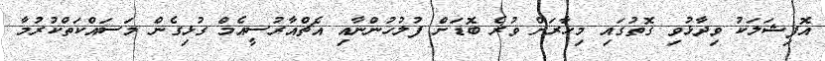
އޮފިޝަލަކު ވިދާޅުވި ގޮތުގައި މިހާރަށް ވުރެ ބޮޑަށް ފުލުހުންނާއި އެޗްއާރުސީއެމް ގުޅިގެން މަސައްކަތްކުރުމާ